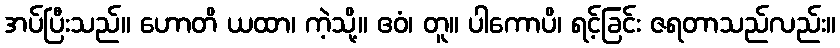
အပ်ပြီးသည်။ ဟောတိ ယထာ၊ ကဲ့သို့။ ဧဝံ၊ တူ။ ပါကောပိ၊ ရင့်ခြင်း ဇရတာသည်လည်း။